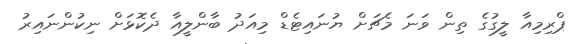
ޕްރިމިއާ ލީގުގެ ތިން ވަނަ މެޗަށް ޔުނައިޓެޑް މިއަދު ބާންލީއާ ދެކޮޅަށް ނިކުންނައިރު